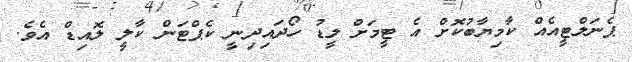
ޕެނަލްޓީއެއް ކާމިޔާބުކޮށް އެ ޓީމަށް ލީޑު ހޯދައިދިނީ ކެޕްޓަން ކާލީ ލޮއިޑް އެވެ.